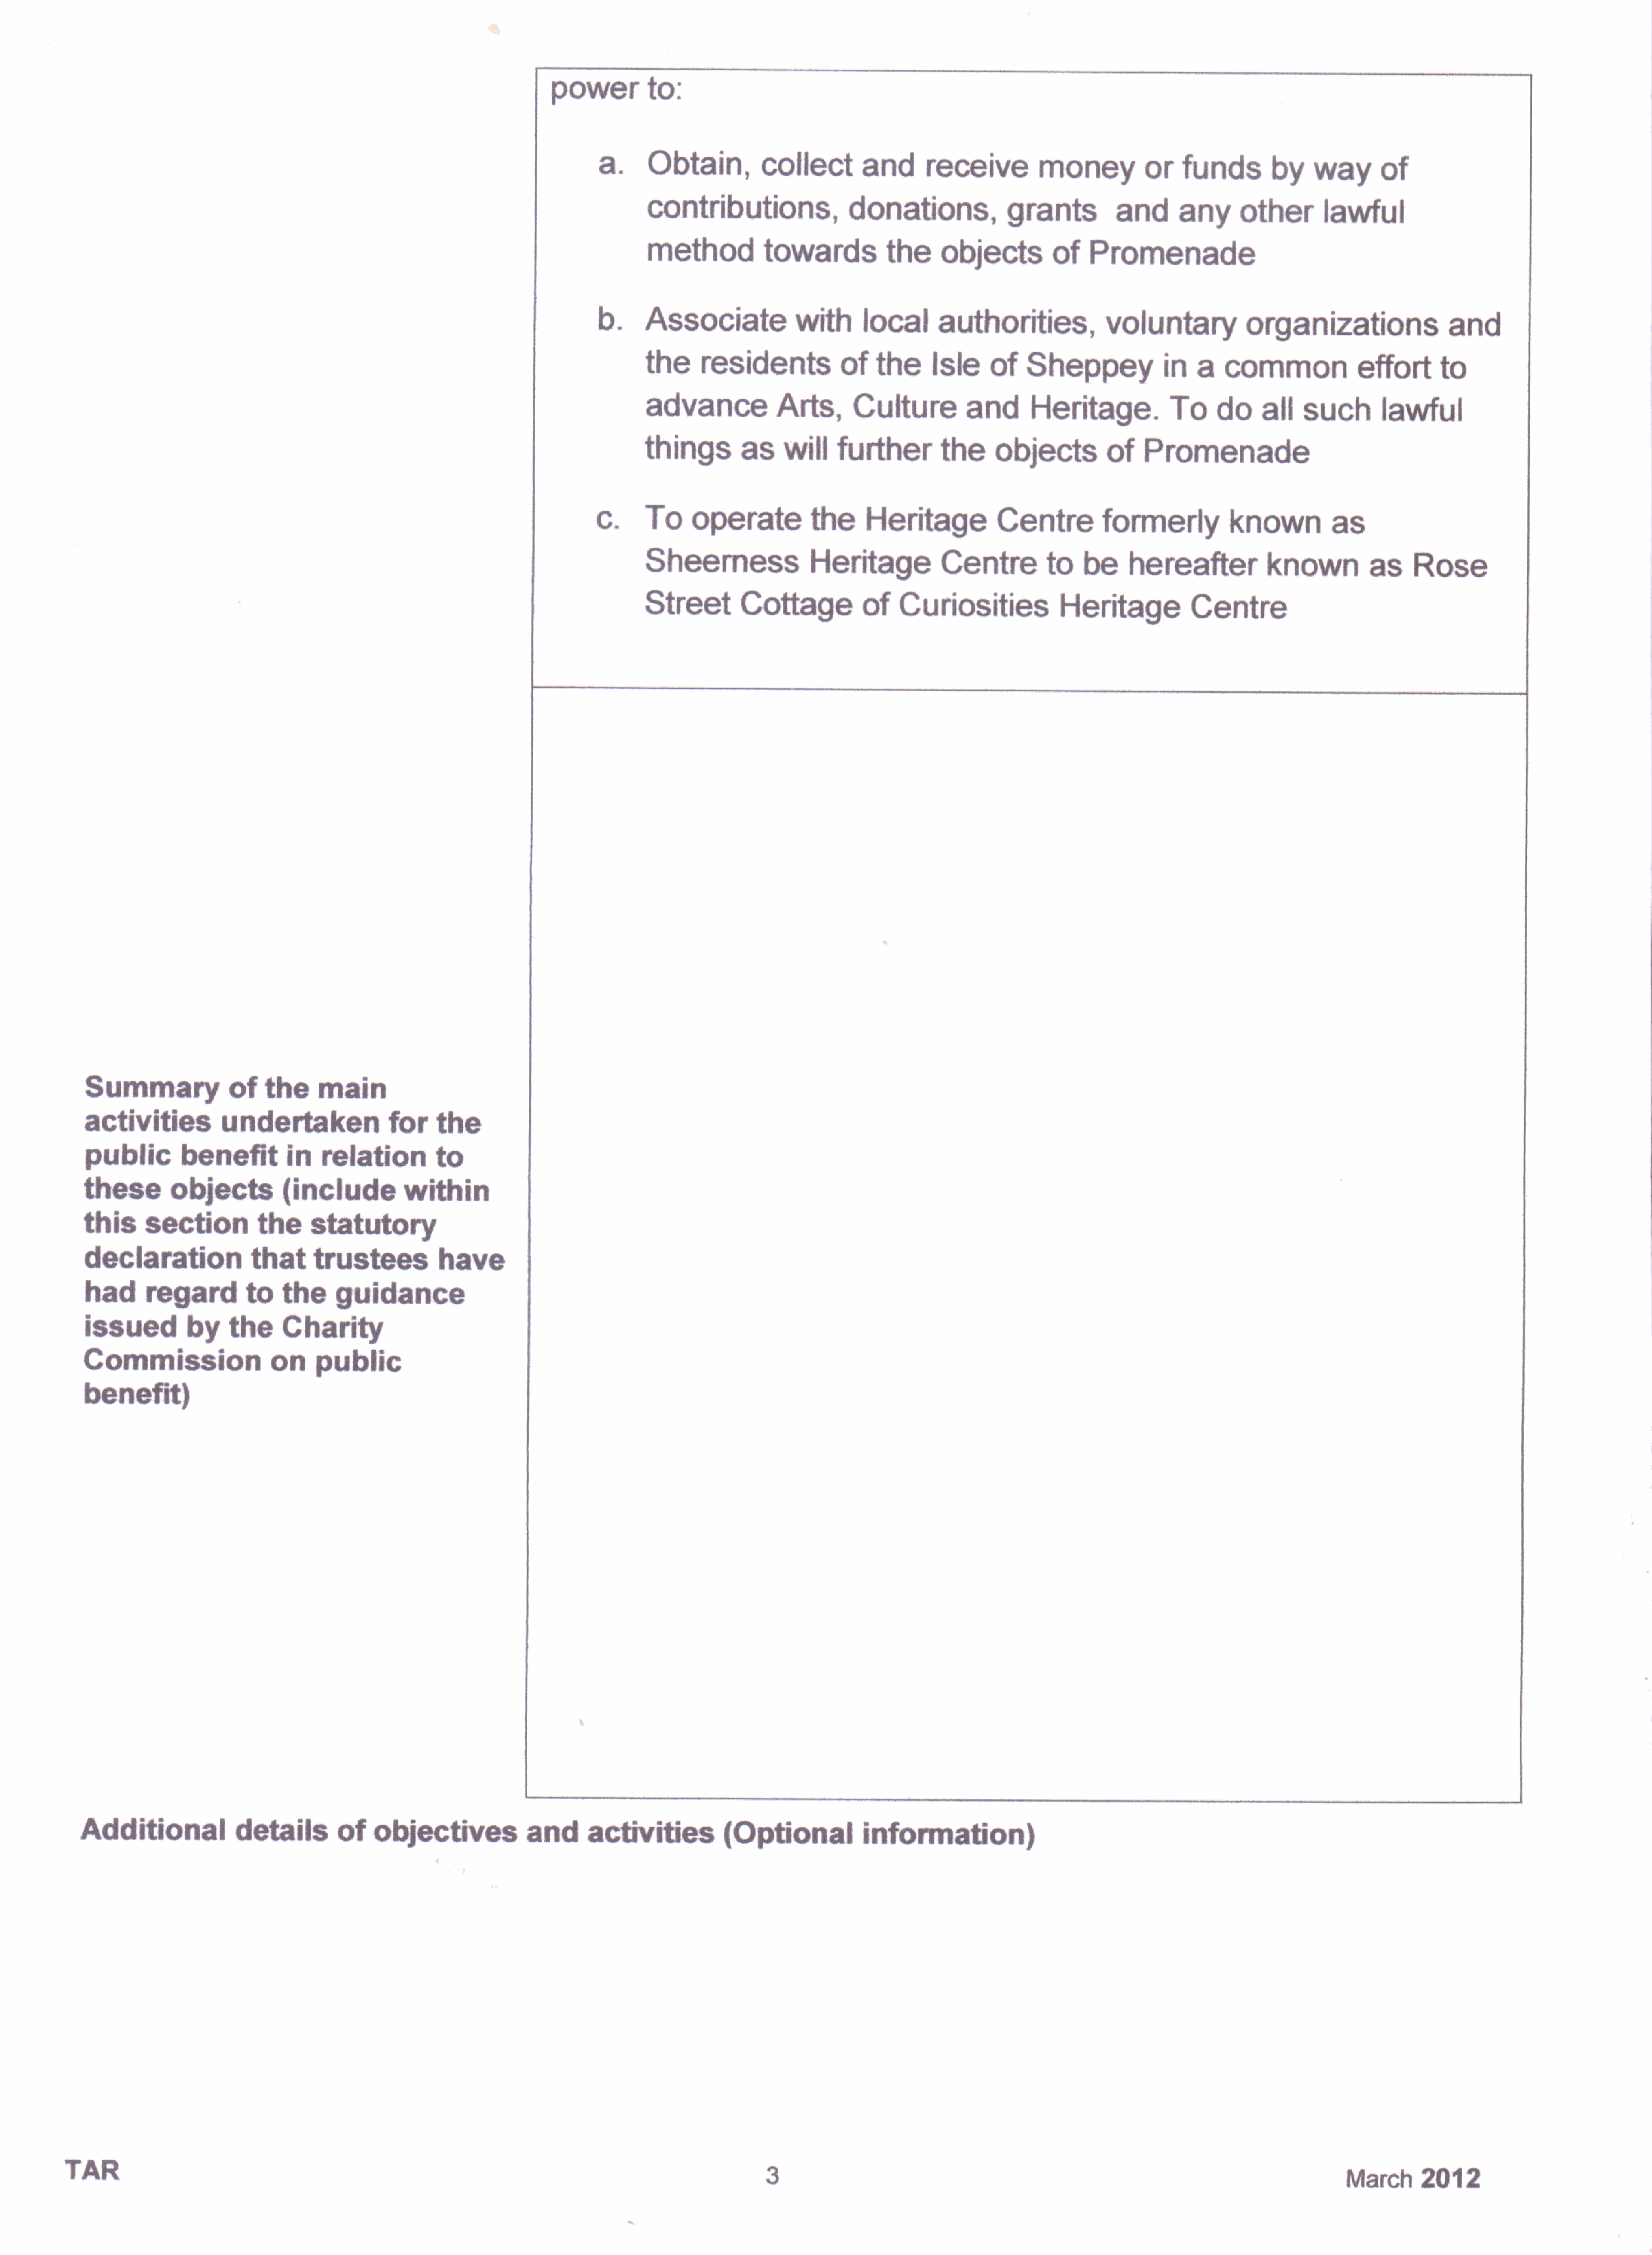
to:
 power
 a.
 Obtain,                 collect               and          receive                 money                  or      funds                                     of
 way
 by
 contributions,                             donations,                       grants                 and                        other
 any
 lawful
 method                   towards                   the        objects                 of      Promenade
 b.        Associate
 with           local           authorities,                       voluntary                     organizations                              and
 the         residents                     of      the        Isle         of                                          a
 Sheppey                      in           common                      effort            to
 advance
 Arts,            Culture                 and          Heritage.                     To        do                such
 all                      lawful
 as
 things                                   further               the         objects                 of      Promenade
 will
 c.
 To
 operate                   the        Heritage                    Centre                                                                  as
 formerly                   known
 Sheerness
 Heritage                   Centre                 to      be       hereafter                                           as       Rose
 known
 Street                                         of
 Cottage                          Curiosities                        Heritage                    Centre
 of
 Summary                               the         main
 activities                   undertaken                          for       the
 public               benefit                       relation                to
 in
 these             objects
 {include
 within
 this         section                 the
 statutory
 declaration                        that          trustees                  have
 had          regard               to      the        guidance
 issued                         the
 Charity
 by
 Commission                              on
 public
 benefit)
 of
 Additional                       detaiis                       objectives                      and          activities
 {Optional                     information)
 TAR
 20't      2
 March